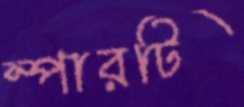
স্পারটি